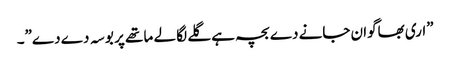
”اری بھاگوان جانے دے بچہ ہے گلے لگا لے ما تھے پر بو سہ دے دے”۔